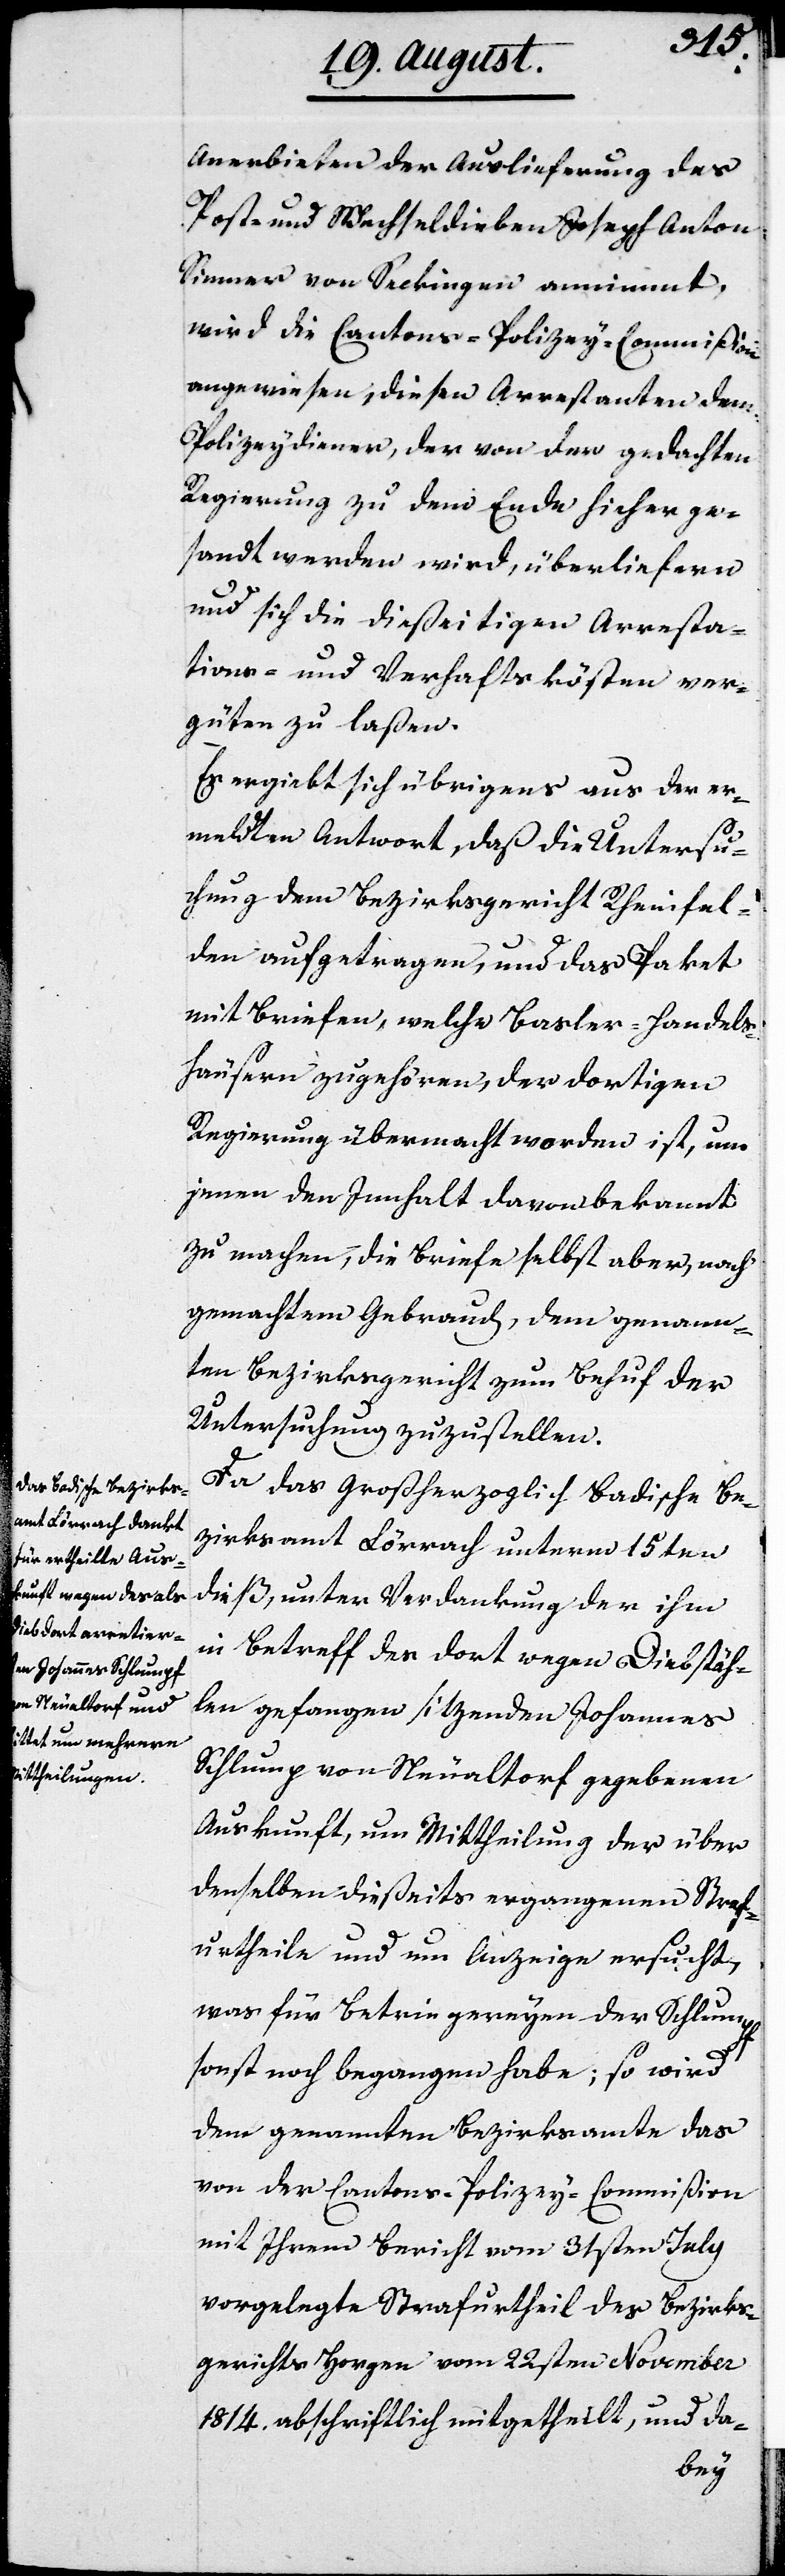
Anerbieten der Auslieferung des
Post- und Wechseldieben Joseph Anton
Sinner von Seckingen annimmt,
wird die Cantons-Polizey-Commißion
angewiesen, diesen Arrestanten dem
Polizeydiener, der von der gedachten
Regierung zu dem Ende hieher ge¬
sandt werden wird, überliefern
und sich die dießeitigen Arresta¬
tions- und Verhaftskösten ver¬
güten zu laßen.
Es ergiebt sich übrigens aus der er¬
meldten Antwort, daß die Untersu¬
chung dem Bezirksgericht Rheinfel¬
den aufgetragen, und das Paket
mit Beweisen, welche Basler-Handels¬
häusern zugehören, der dortigen
Regierung übermacht worden ist, um
jenen den Innhalt davon bekannt
zu machen, die Briefe selbst aber, nach
gemachtem Gebrauch, dem genann¬
ten Bezirksgericht zum Behuf der
Untersuchung zuzustellen.
Da das Großherzoglich Badische Be¬
zirksamt Lörrach unterm 15ten
dieß, unter Verdankung der ihm
in Betreff des dort wegen Diebstäh¬
len gefangen sitzenden Johannes
Schlumpf von Neualtorf gegebenen
Auskunft, um Mittheilung der über
denselben dießeits ergangenen Starf¬
urtheile und um Anzeige ersucht,
was für Betriegereyen der Schlumpf
sonst noch begangen habe; so wird
dem genannten Bezirksamte das
von der Cantons-Polizey-Commißion
mit Ihrem Bericht vom 31sten July
vorgelegte Strafurtheil des Bezirks¬
gerichts Horgen vom 22sten November
1814 abschriftlich mitgetheilt, und da-